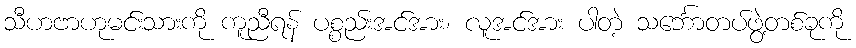
သီဟဗာဟုမင်းသားကို ကူညီရန် ပစ္စည်းအင်အား၊ လူအင်အား ပါတဲ့ သင်္ဘောတပ်ဖွဲ့တစ်ခုကို